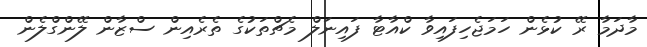
މާދަމާ ރޭ ކުޅެން ހަމަޖެހިފައިވާ ކްއާޓާ ފައިނަލް މެޗްތަކުގެ ތެރެއިން ސްޒާން ލޭންގްލެން